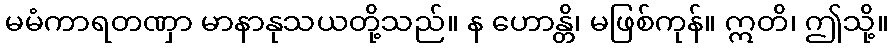
မမံကာရတဏှာ မာနာနုသယတို့သည်။ န ဟောန္တိ၊ မဖြစ်ကုန်။ ဣတိ၊ ဤသို့။